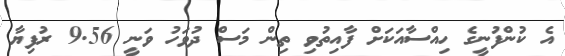
އެ ކުންފުނީގެ ހިއްސާއަކަށް ފާއިތުވި ތިން މަސް ދުވަހު ވަނީ 9.56 ރުފިޔާ